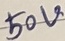
Text: 50V